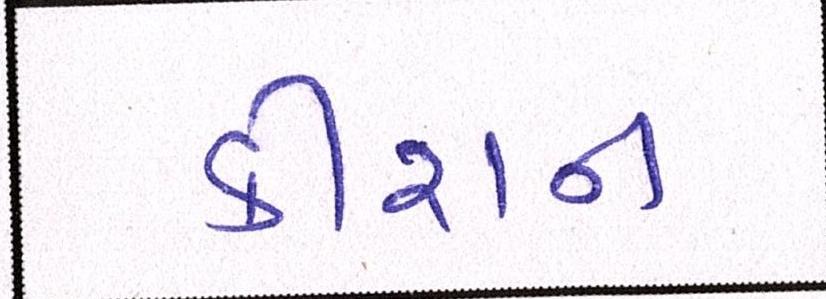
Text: કીશન